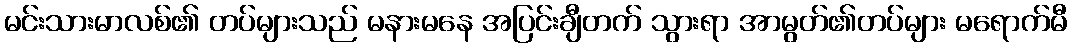
မင်းသားမာလစ်၏ တပ်များသည် မနားမနေ အပြင်းချီတက် သွားရာ အာမွတ်၏တပ်များ မရောက်မီ